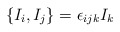
\begin{align*}\left\{ I_{i},I_{j} \right\} = \epsilon_{ijk}I_{k}\end{align*}